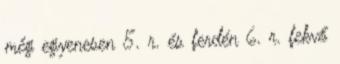
még egyenesen 5. r. és ferdén 6. r. fekvő